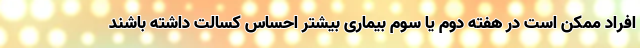
افراد ممکن است در هفته دوم یا سوم بیماری بیشتر احساس کسالت داشته باشند